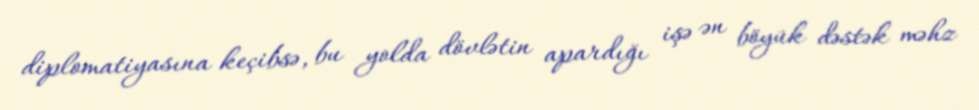
diplomatiyasına keçibsə, bu yolda dövlətin apardığı işə ən böyük dəstək məhz